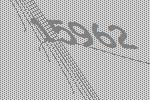
15962